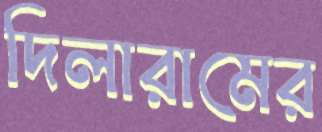
দিলারামের